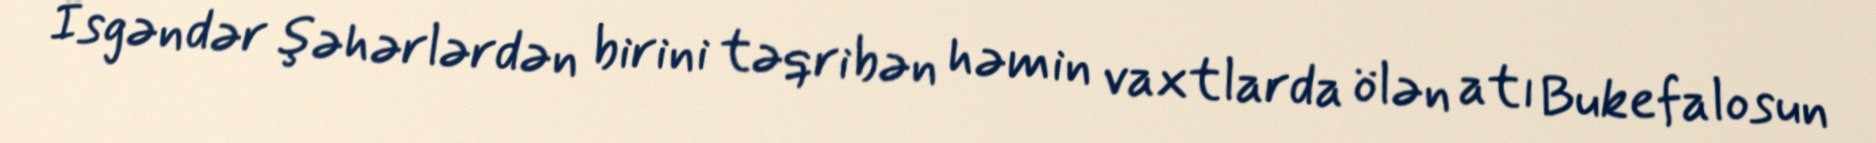
İsgəndər şəhərlərdən birini təqribən həmin vaxtlarda ölən atı Bukefalosun